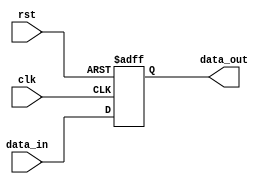
module reset_condition (
    input wire clk,           // Clock input
    input wire rst,           // Reset input (active high)
    input wire [7:0] data_in, // Example data input
    output reg [7:0] data_out // Example data output
);

// Internal state variables
reg [7:0] counter;          // Example counter variable
reg flag;                   // Example flag variable

// Asynchronous reset logic
always @ (posedge clk or posedge rst) begin
    if (rst) begin
        // State initialization
        counter <= 8'b0;     // Reset counter to 0
        flag <= 1'b0;        // Clear flag
        data_out <= 8'b0;    // Initialize output to 0
    end else begin
        // Normal operational mode
        // Example operation: Increment counter and set output
        counter <= counter + 1;
        data_out <= data_in; // Pass data input to output
        flag <= (counter == 8'd255) ? 1'b1 : 1'b0; // Set flag if counter reaches 255
    end
end

endmodule